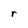
Character: r